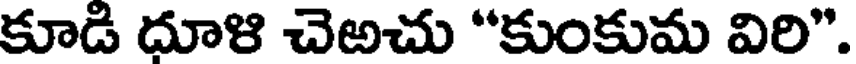
కూడి దూళి చెఱచు "కుంకుమ విరి".